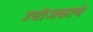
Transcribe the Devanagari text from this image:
उद्योजकाणे